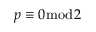
p \equiv 0 { \bmod { 2 } }